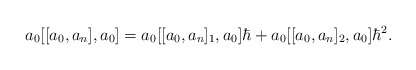
\begin{align*}a_{0}[[a_{0},a_{n}],a_{0}] =a_{0}[[a_{0},a_{n}]_{1},a_{0}]\hbar+ a_{0}[[a_{0},a_{n}]_{2},a_{0}]\hbar^{2}.\end{align*}